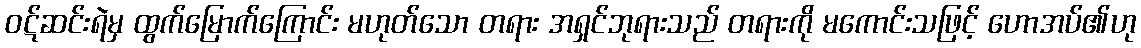
ဝဋ်ဆင်းရဲမှ ထွက်မြောက်ကြောင်း မဟုတ်သော တရား အရှင်ဘုရားသည် တရားကို မကောင်းသဖြင့် ဟောအပ်၏ဟု